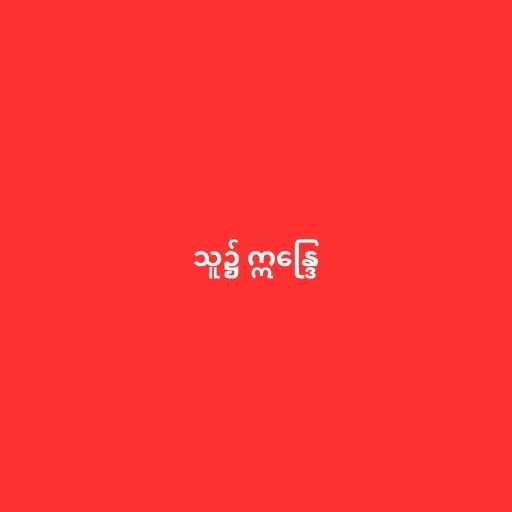
သူ၌ ဣန္ဒြေ